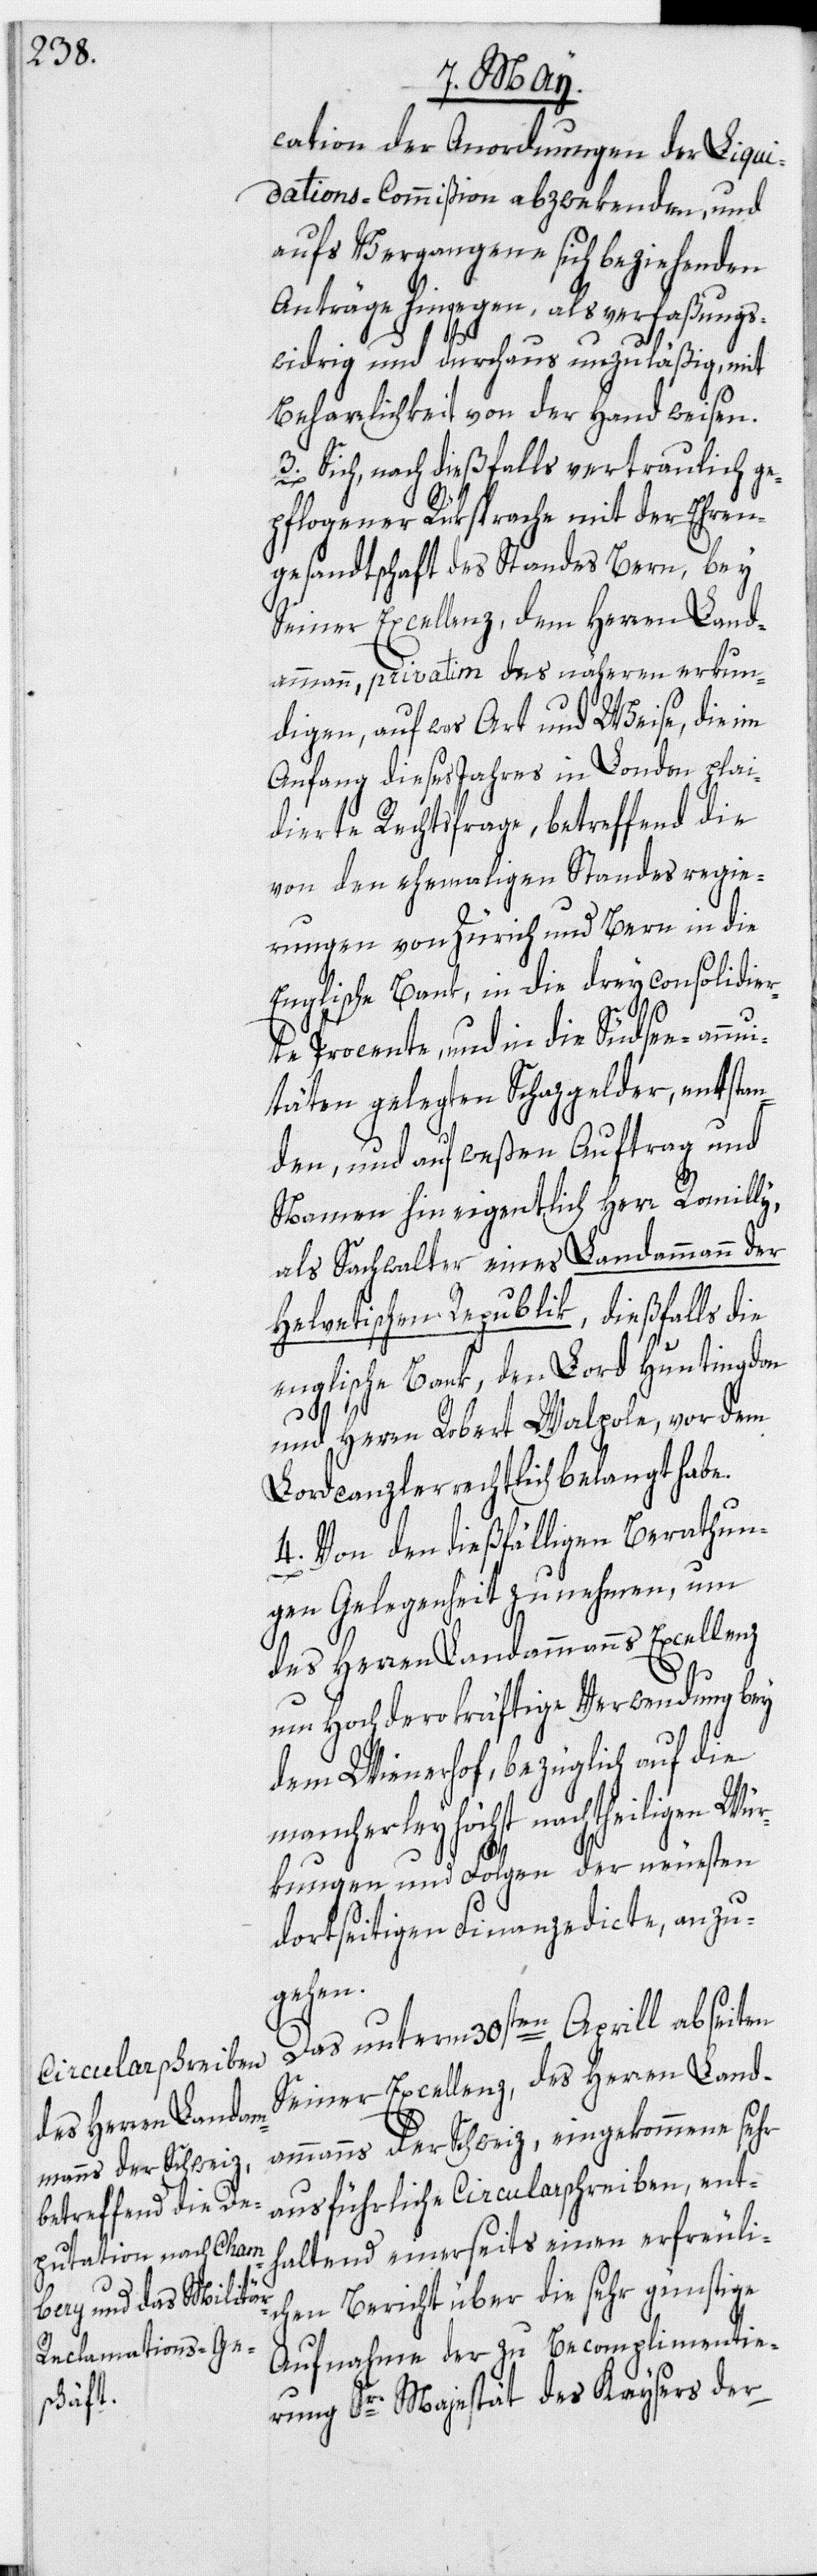
cation der Anordnungen der Liqui¬
dations-Commißion abzwekenden, und
aufs Vergangene sich beziehenden
Anträge hingegen, als verfaßungs¬
widrig und durchaus unzuläßig, mit
Beharrlichkeit von der Hand weisen.
Sich, nach dießfalls vertraulich ge¬
pflogener Rüksprache mit der Ehren¬
gesandtschaft des Standes Bern, bey
Seiner Excellenz, dem Herren Land¬
ammann, privatim des näheren erkun¬
digen, auf was Art und Weise, die im
Anfang dieses Jahres in London plai¬
dierte Rechtsfrage, betreffend die
von den ehemaligen Standesregie¬
rungen von Zürich und Bern in die
Englische Bank, in die drey consolidier¬
te Procente, und in die Südseeannui¬
täten gelegten Schazgelder, entstan¬
den, und auf weßen Auftrag und
Namen hin eigentlich Herr Romilly,
als Sachwalter eines Landammann der
Helvetischen Republik, dießfalls die
englische Bank, den Lord Huntingdon
und Herrn Robert Walpole, vor dem
Lordcanzler rechtlich belangt habe.
4. Von den dießfälligen Berathun¬
gen Gelegenheit zu nehmen, um
des Herren Landammanns Excellenz
um Hochdero kräftige Verwendung bey
dem Wienerhof, bezüglich auf die
mancherley höchst nachtheiligen Wür¬
kungen und Folgen der neuesten
dortseitigen Finanzedicte, anzu¬
gehen.
Das unterm 30sten Aprill abseiten
Seiner Excellenz, des Herren Land¬
ammanns der Schweiz, eingekommene sehr
ausführliche Circularschreiben, ent¬
haltend einerseits einen erfreulic¬
hen Bericht über die sehr günstige
Aufnahme der zu Becomplimentie¬
rung Sr. Majestät des Kaysers der